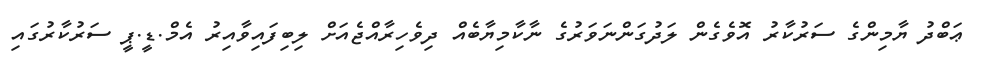
ޢަބްދު ޔާމިންގެ ސަރުކާރު އޮވެގެން ލަދުގަންނަވަރުގެ ނާކާމިޔާބެއް ދިވެހިރާއްޖެއަށް ލިބިފައިވާއިރު އެމް.ޑީ.ޕީ ސަރުކާރުގައި